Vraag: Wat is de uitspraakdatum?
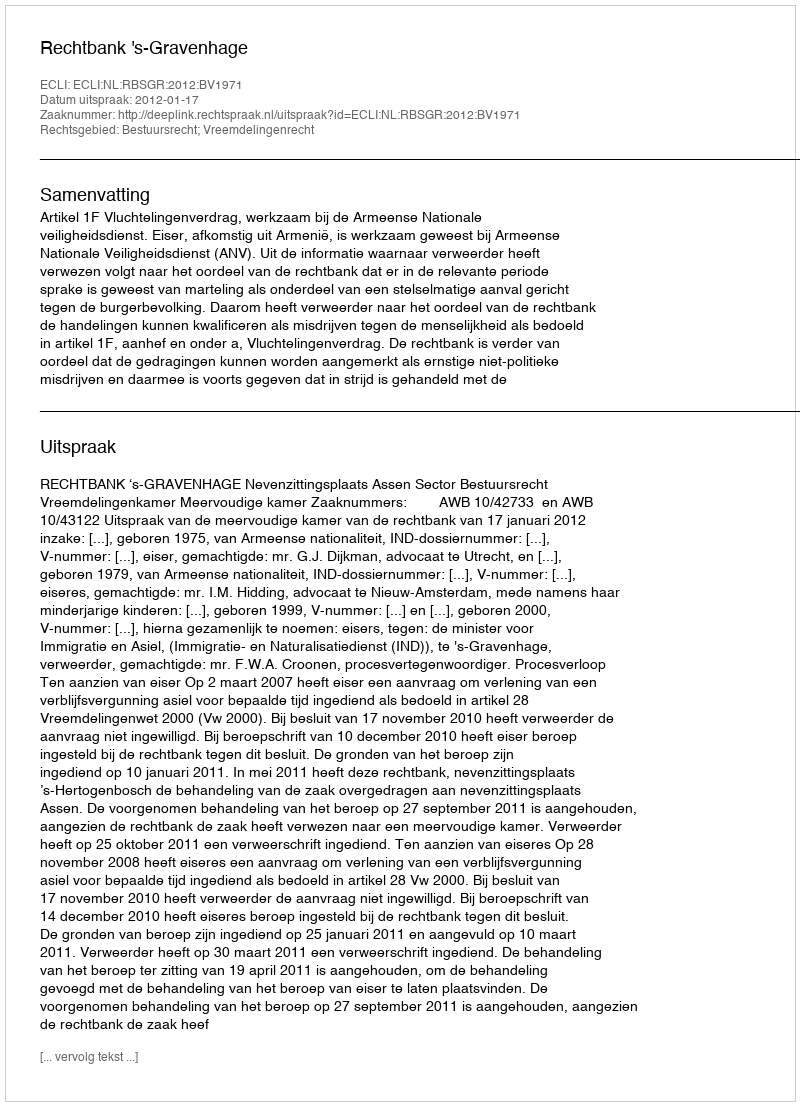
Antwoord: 2012-01-17